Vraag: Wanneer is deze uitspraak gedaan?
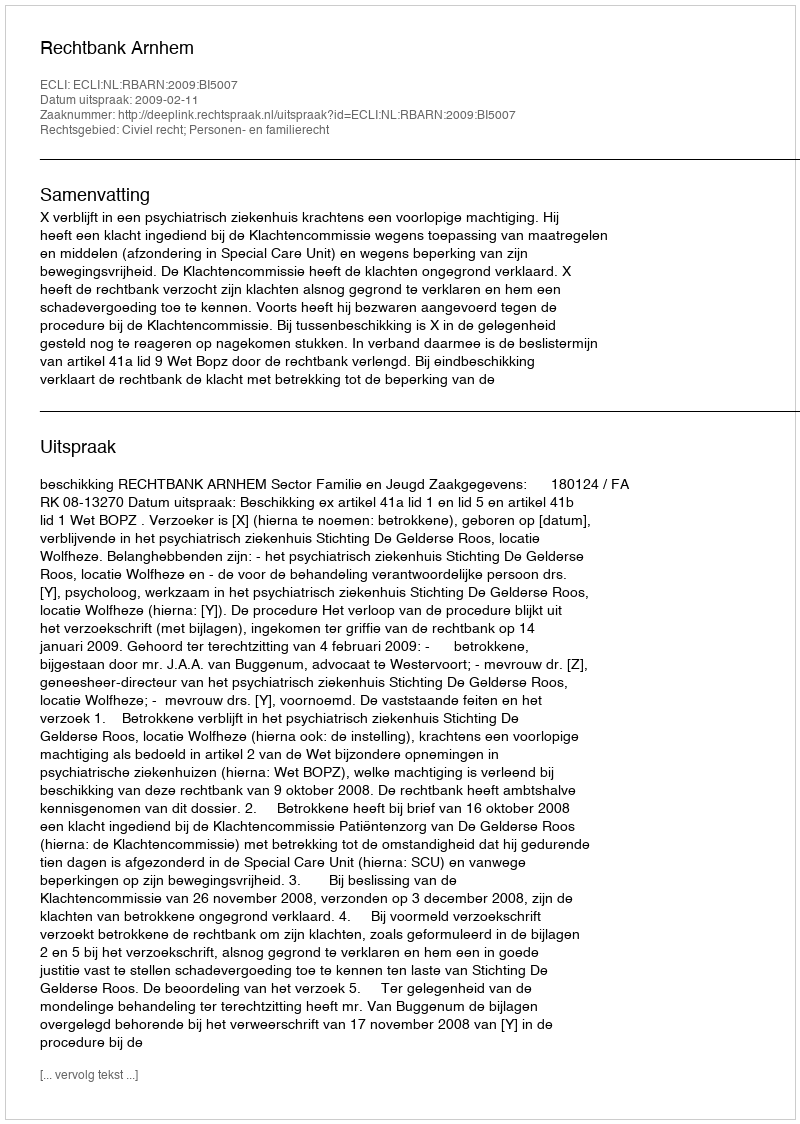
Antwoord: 2009-02-11